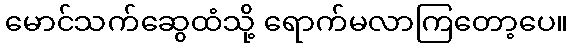
မောင်သက်ဆွေထံသို့ ရောက်မလာကြတော့ပေ။